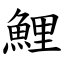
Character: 鯉